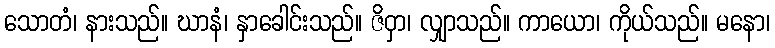
သောတံ၊ နားသည်။ ဃာနံ၊ နှာခေါင်းသည်။ ဇိဝှာ၊ လျှာသည်။ ကာယော၊ ကိုယ်သည်။ မနော၊